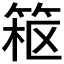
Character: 𱸂